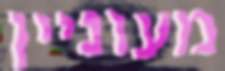
מעוניין